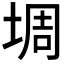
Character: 𫮀